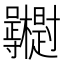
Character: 𭍓